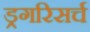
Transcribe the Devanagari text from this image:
ड्रगरिसर्च